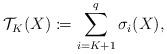
LaTeX: \begin{align*}\mathcal{T}_K(X)\coloneqq\sum_{i=K+1}^q\sigma_i(X),\end{align*}